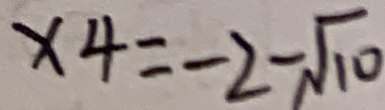
x 4 = - 2 - \sqrt { 1 0 }